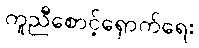
ကူညီစောင့်ရှောက်ရေး